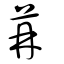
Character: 苒